Alatskivi_vallavalitsus_et, lk 104
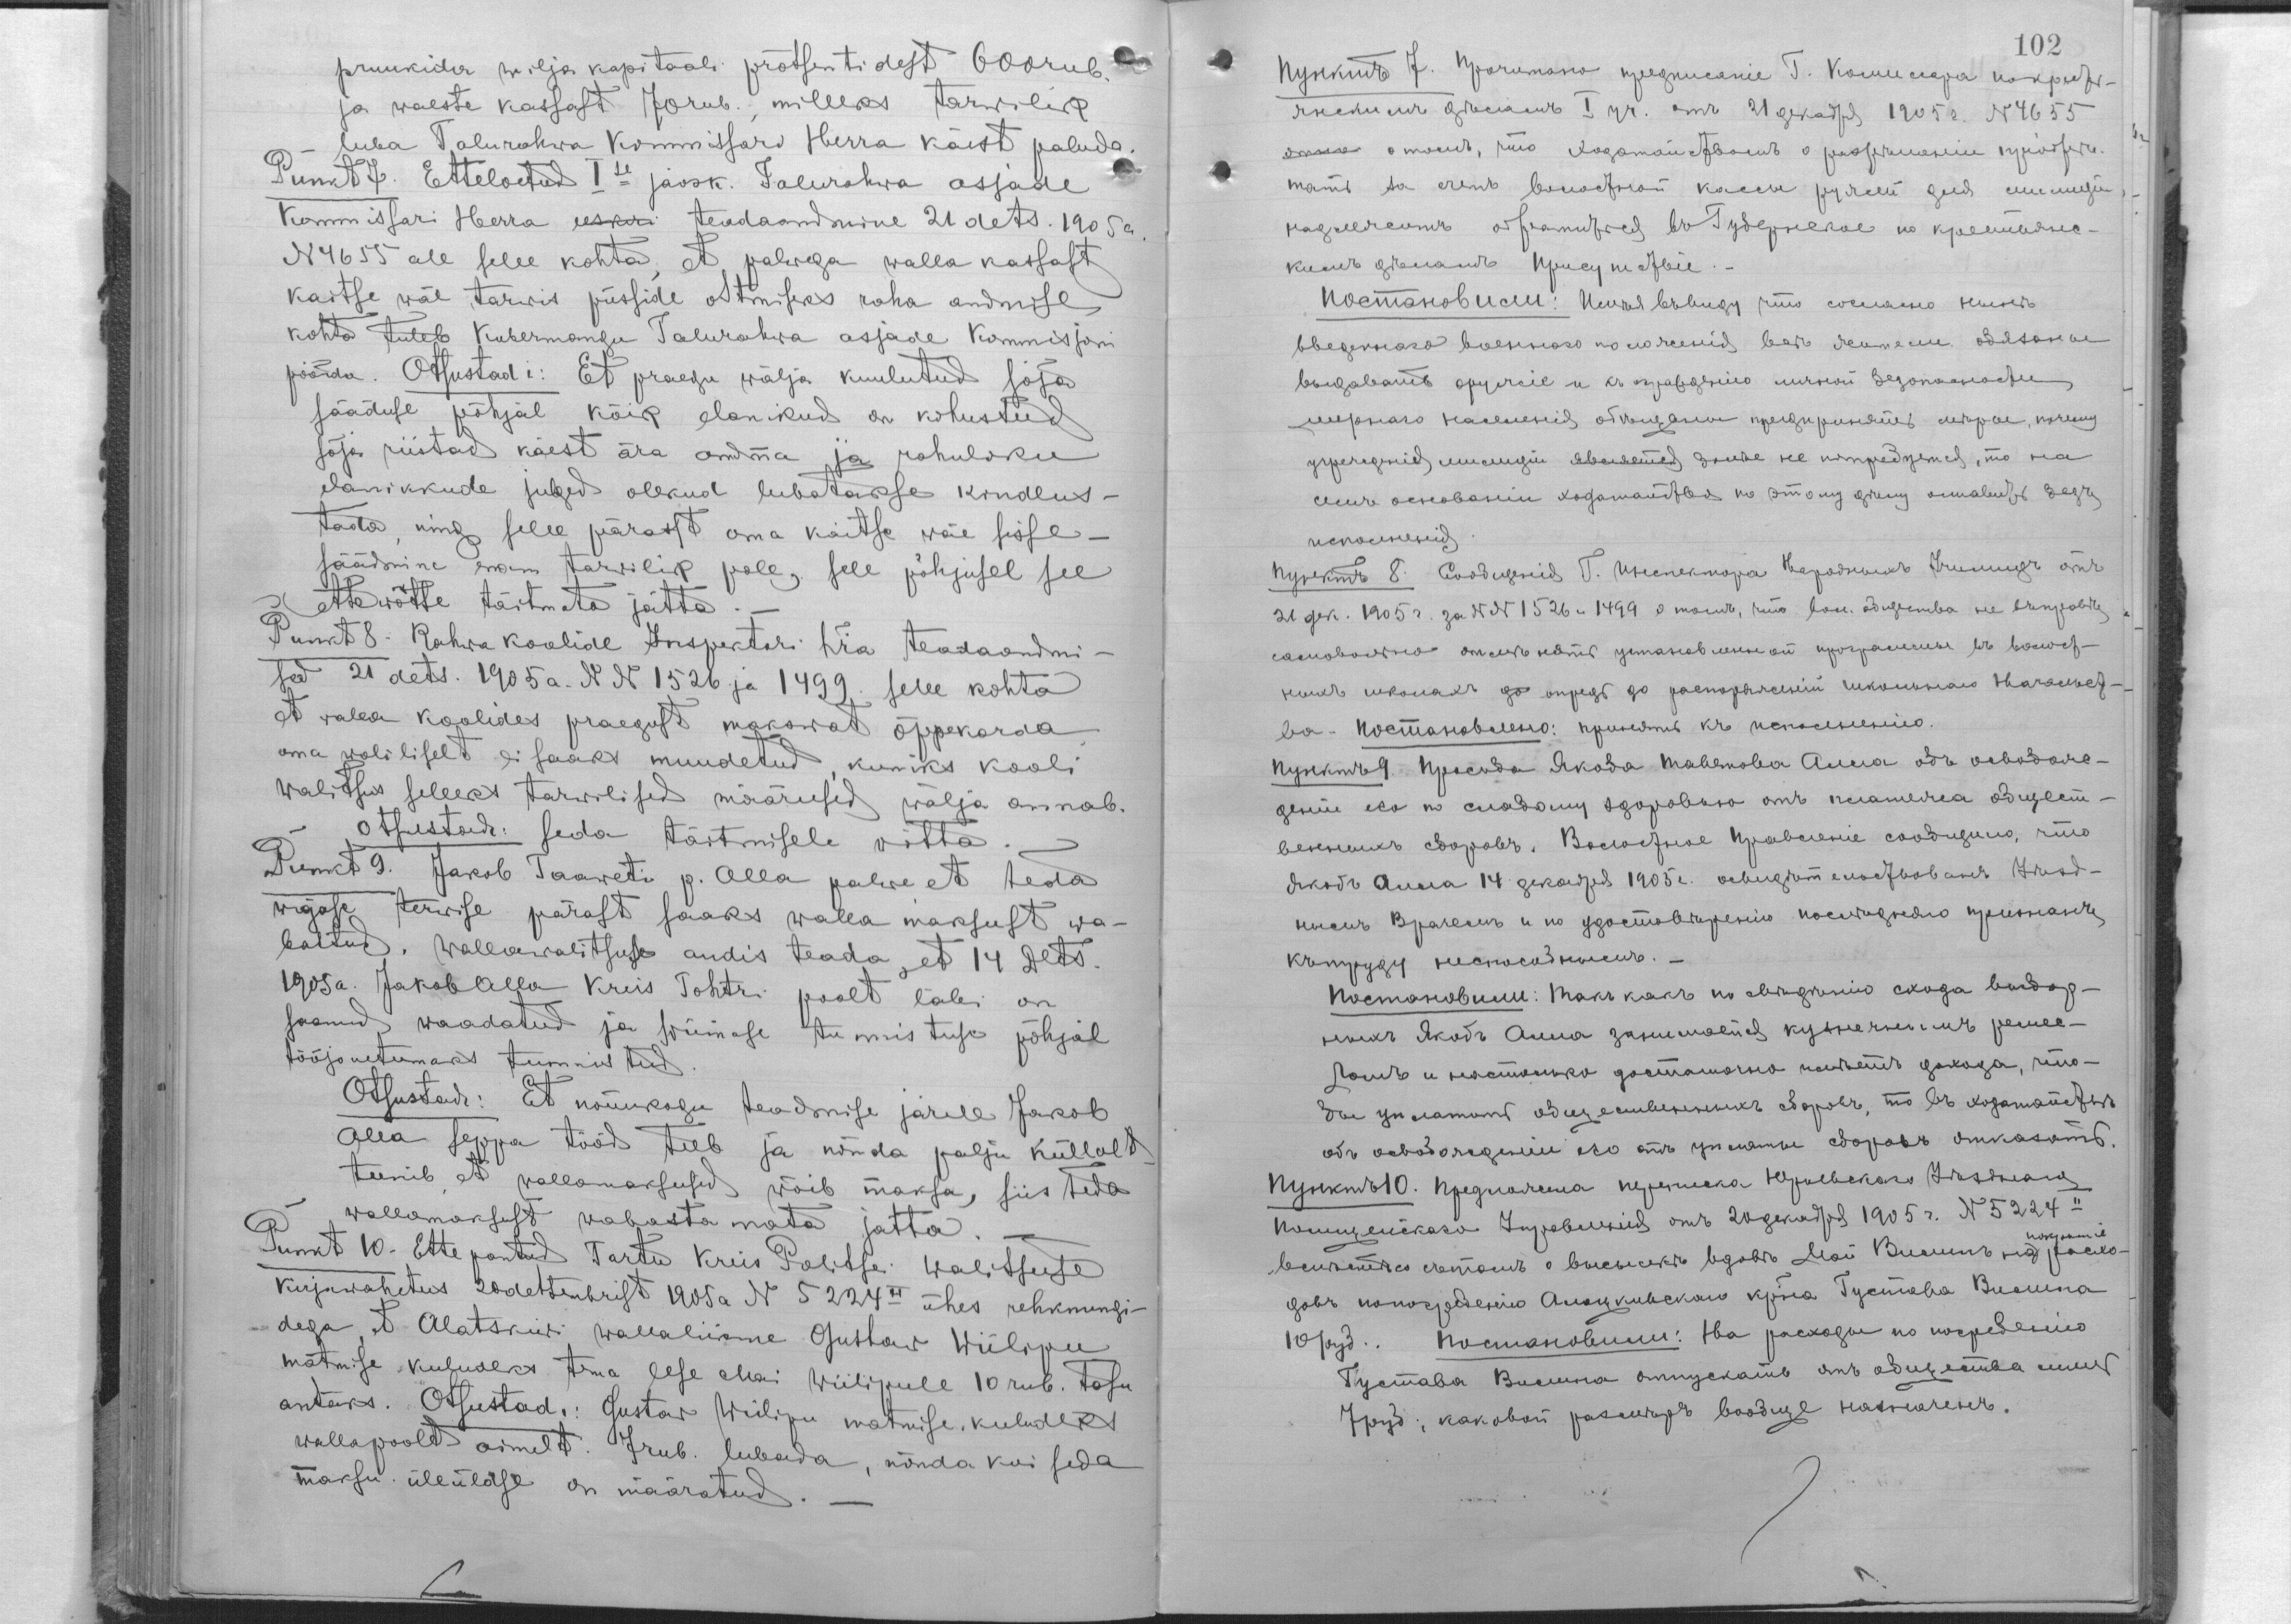
pruukida wilja kapitaali protsentidest 600 rub.
ja waeste kassast 70 rub., milleks tarwilik
luba Talurahwa Kommissari Herra käest paluda.
Punkt 7. Etteloetud Ise jaosk. Talurahwa asjade
Kommissari Herra eeskiri teadaandmine 21. dets. 2905 a.
N 4655 all selle kohta, et palwega walla kassast
kaitse wäe tarwis püsside ostmiseks raha andmise
kohta tuleb Kubermangu Talurahwa asjade Kommisjoni
pöördu. Otsustadi: Et praegu wälja kuulutud sõja
sääduse põhjal kõik elanikud on kohustud
sõja riistad käest ära andma ja rahuliku
elanikkude julged olekud lubatakse kindlus-
tada, ning selle pärast oma kaitse wäe sisse-
säädimine ennem tarwilik pole, sell põhjusel see
ettewõtte täitmata jätta.
Punkt 8. Rahwa koolide Inspektori hra teadaandmi-
sed 21 dets. 1905 a. NN 1526 ja 1499 selle kohta
et walla koolides praegust makswat õppekorda
oma woliliselt ei saajs muudetud, kuniks kooli
walitsus selleks tarwilised määrused wälja annab.
Otsustadi: seda täitmisele wõtta.
Punkt 9. Jakob Taaweti p. Alla palwe, et teda
wigase terwise pärast saaks walla maksust wa-
bastud, wallawalitsuse andis teada, et 14 Dets.
1905 a. Jakob Alla Kreis Tohtri poolt läbi on
saanud waadatud ja wiimase tunnistuse põhjal
tööjouetuks tunnistud.
Otsustadi: Et nõuukogu teadmise järele Jakob
Alla seppa tööd teeb ja nõnda palju küllalt
teenib, et wallamaksusid wõib maksa, siis teda
wallamaksust wabasta mata jatta.
Punkt 10. Ettepantud Tartu Kreis Politsei walitsuse
kirjawahetus 20 detsembrist 1905 a N 5224II ühes rehknungi-
dega, et Alatskiwi wallaliikme Gustaw Wiilipu
matmise kuludeks tema lese Mai Wiilipule 10 rub. tasu
antaks. Otsustadi: Gustaw Wiilipu matmise kuludeks
walla poolt ainult 7 rub. lubada, nõnda kui seda
maksu üleüldse on määratud.